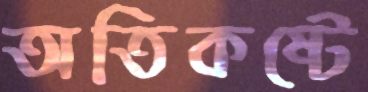
অতিকষ্টে